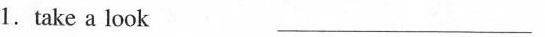
1.take a look ___